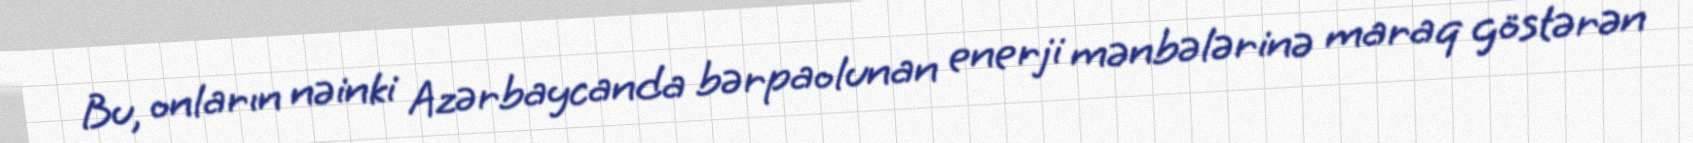
Bu, onların nəinki Azərbaycanda bərpaolunan enerji mənbələrinə maraq göstərən